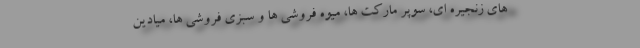
های زنجیره ای، سوپر مارکت ها، میوه فروشی ها و سبزی فروشی ها، میادین